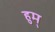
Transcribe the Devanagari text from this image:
हुम्